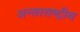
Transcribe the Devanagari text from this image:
अन्‍तरराष्ट्रीय